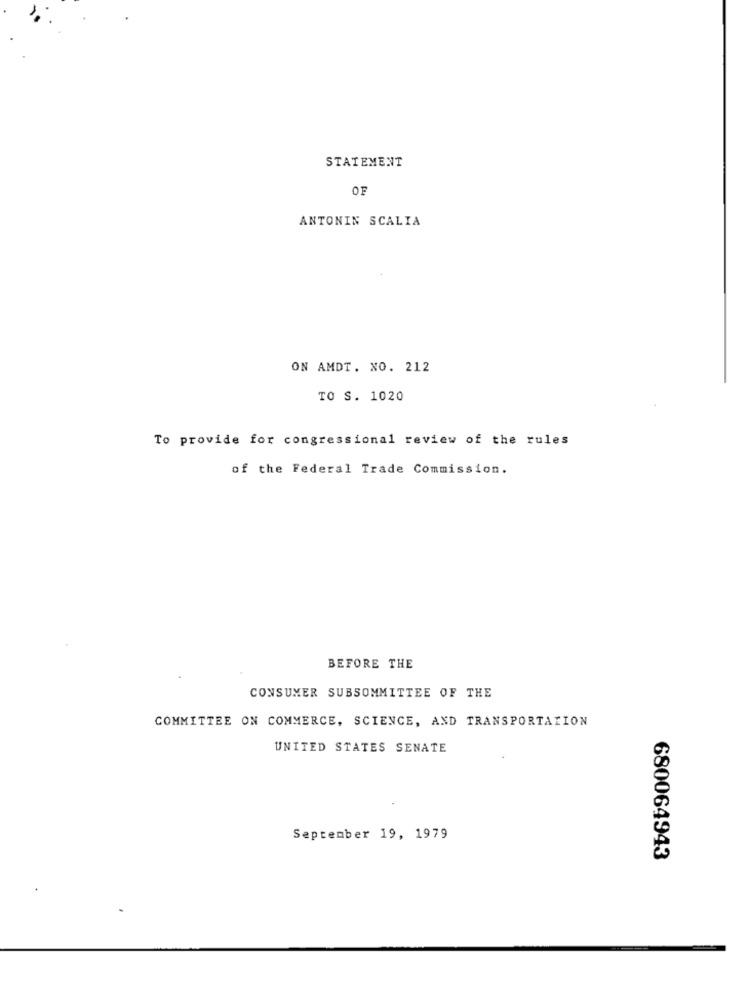
STATEMENT
OF
ANTONIN SCALIA
ON AMDT. NO. 212
TO S. 1020
To provide for congressional review of the rules
of the Federal Trade Commission.
BEFORE THE
CONSUMER SUBSOMMITTEE OF THE
COMMITTEE ON COMMERCE, SCIENCE, AND TRANSPORTATION
UNITED STATES SENATE
September 19, 1979
680064943